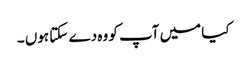
کیا میں آپ کو وہ دے سکتا ہوں ۔